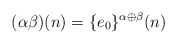
\begin{align*}(\alpha \beta)(n) = \{e_0\}^{\alpha\oplus \beta}(n)\end{align*}